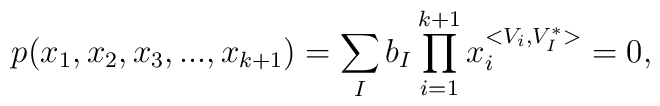
p(x_{1},x_{2},x_{3},...,x_{k+1})=\sum_{I}b_{I}\prod_{i=1}^{k+1}x_{i}^{<{V}_{i},{V}_{I}^{\ast }>}=0,